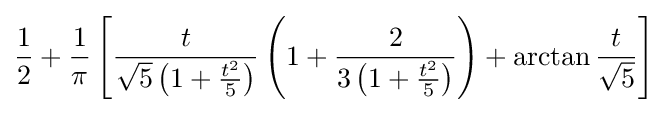
{\frac {1}{2}}+{\frac {1}{\pi }}\left[{\frac {t}{{\sqrt {5}}\left(1+{\frac {t^{2}}{5}}\right)}}\left(1+{\frac {2}{3\left(1+{\frac {t^{2}}{5}}\right)}}\right)+\arctan {\frac {t}{\sqrt {5}}}\right]